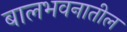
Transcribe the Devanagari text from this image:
बालभवनातील